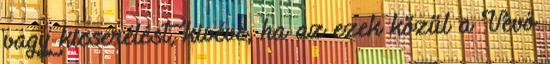
vagy kicserélést, kivéve, ha az ezek közül a Vevő